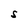
Character: S